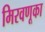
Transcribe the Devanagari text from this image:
मिरवणूका